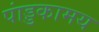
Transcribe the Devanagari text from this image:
पांड्डकामय